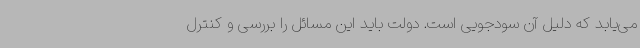
می‌یابد که دلیل آن سودجویی است. دولت باید این مسائل را بررسی و کنترل